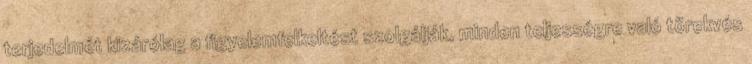
terjedelmét kizárólag a figyelemfelkeltést szolgálják, minden teljességre való törekvés